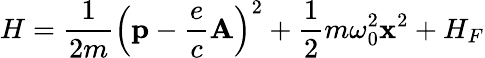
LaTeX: H={\frac{1}{2m}}\left(\mathbf{p}-{\frac{e}{c}}\mathbf{A}\right)^{2}+{\frac{1}{2}}m\omega_{0}^{2}\mathbf{x}^{2}+H_{F}